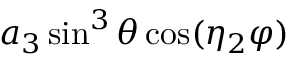
a _ { 3 } \sin ^ { 3 } \theta \cos ( \eta _ { 2 } \varphi )